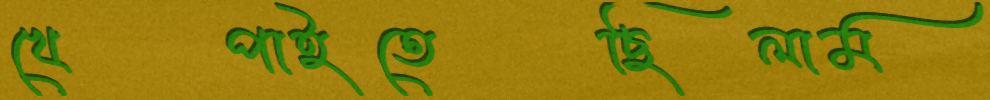
খেপাইতেছিলাম